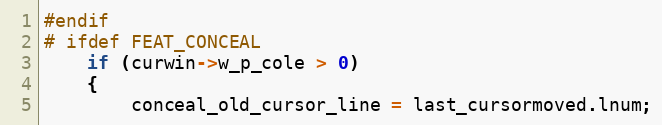
Language: C
#endif
# ifdef FEAT_CONCEAL
	if (curwin->w_p_cole > 0)
	{
	    conceal_old_cursor_line = last_cursormoved.lnum;